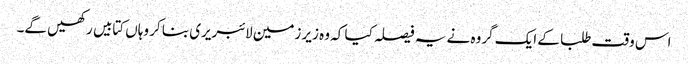
اس وقت طلبا کے ایک گروہ نے یہ فیصلہ کیا کہ وہ زیر زمین لائبریری بنا کر وہاں کتابیں رکھیں گے۔